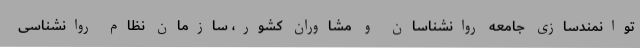
توانمندسازی جامعه روانشناسان و مشاوران کشور، سازمان نظام روانشناسی